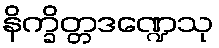
နိက္ခိတ္တဒဏ္ဍေသု